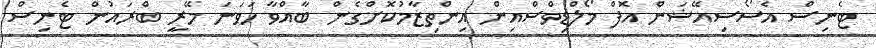
ޓެނިސް އެސޯސިއޭޝަން އޮފް މޯލްޑިވްސްއިން އިންތިޒާމުކޮށްގެން ބާއްވާ ހަވަނަ މޭރީ ބްރައުން ޓެނިސް